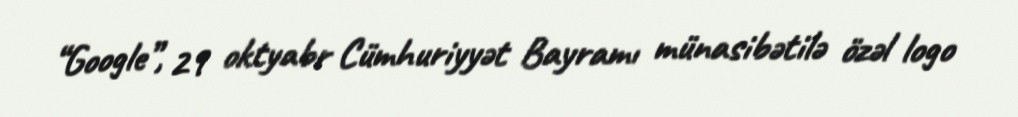
“Google”, 29 oktyabr Cümhuriyyət Bayramı münasibətilə özəl logo